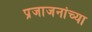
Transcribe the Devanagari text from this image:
प्रजाजनांच्या